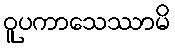
ဝူပကာသေဿာမိ